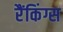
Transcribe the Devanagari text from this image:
रैंकिंग्स